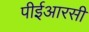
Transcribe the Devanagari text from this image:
पीईआरसी